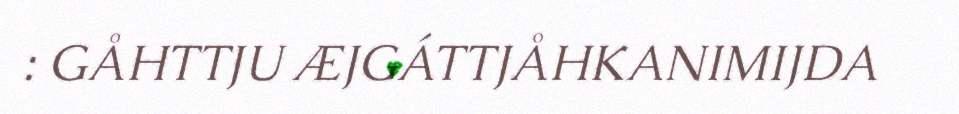
: GÅHTTJU ÆJGÁTTJÅHKANIMIJDA